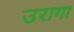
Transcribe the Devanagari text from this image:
उरागा